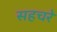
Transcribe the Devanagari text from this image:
सहचरे